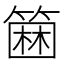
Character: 𥲢